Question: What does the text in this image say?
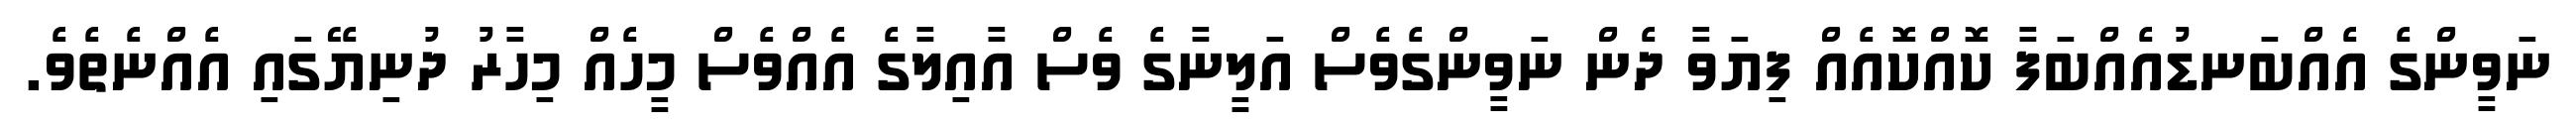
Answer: ނަވީންގެ އެއްބަނޑުއެއްބަފާ ކޮއްކޮއެއް ފިޔަވާ ދެން ނަވީންގެވެސް އަލީނާގެ ވެސް އާއިލާގެ އެއްވެސް މީހެއް މިހާރު ދުނިޔޭގައި އެއްނެތެވެ.